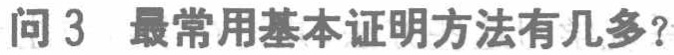
问 3 最常用基本证明方法有几多？